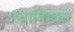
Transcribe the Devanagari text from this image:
स्वामिभ्क्त